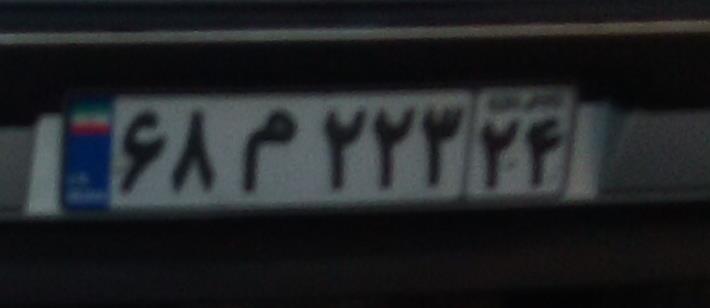
۶۸م۲۲۳۲۴